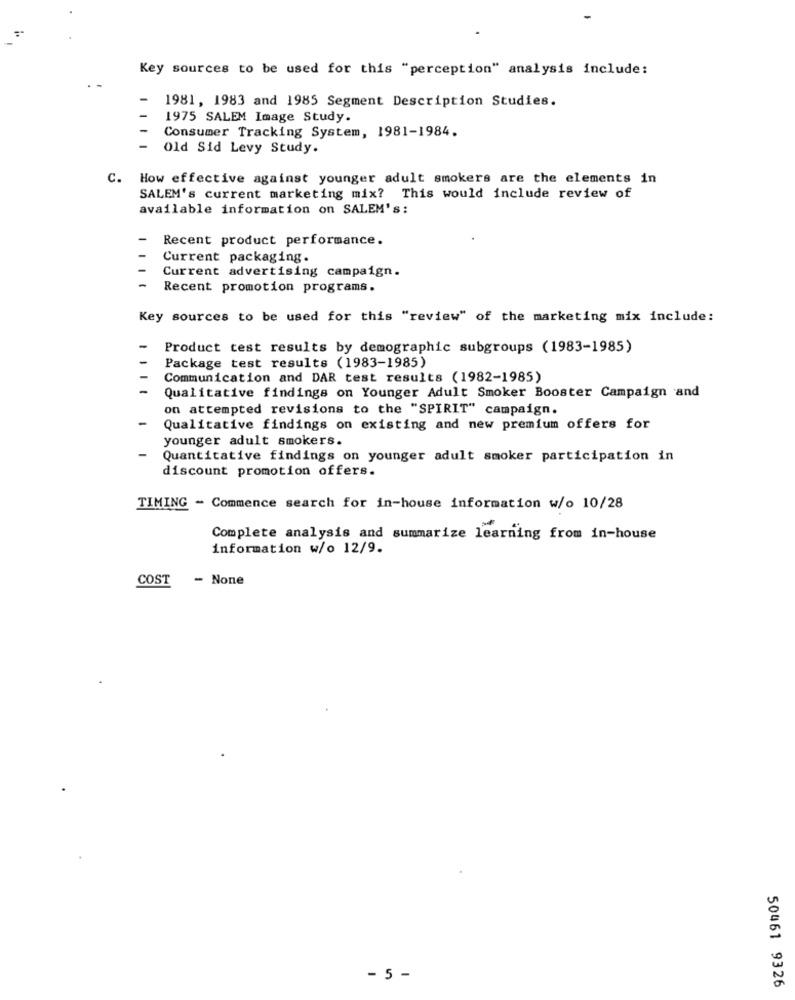
Key sources to be used for this "perception" analysis include:
1981, 1983 and 1985 Segment Description Studies.
1975 SALEM Image Study.
Consumer Tracking System, 1981-1984.
Old Sid Levy Study.
C. How effective against younger adult smokers are the elements in
SALEM's current marketing mix? This would include review of
available information on SALEM's:
Recent product performance.
Current packaging.
Current advertising campaign.
Recent promotion programs.
Key sources to be used for this "review" of the marketing mix include:
Product test results by demographic subgroups (1983-1985)
Package test results (1983-1985)
Communication and DAR test results (1982-1985)
Qualitative findings on Younger Adult Smoker Booster Campaign and
on attempted revisions to the "SPIRIT" campaign.
Qualitative findings on existing and new premium offers for
younger adult smokers.
Quantitative findings on younger adult smoker participation in
discount promotion offers.
TIMING - Commence search for in-house information w/o 10/28
Complete analysis and summarize learning from in-house
information w/o 12/9.
COST
- None
- 5 -
50461 9326